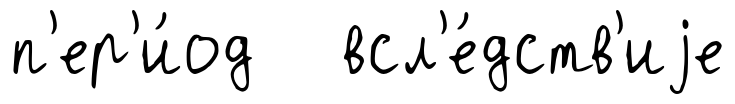
п'ер'и́од всл'е́дств'иjе